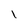
Character: l